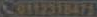
Co1231471